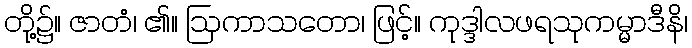
တို့၌။ ဇာတံ၊ ၏။ ဩကာသတော၊ ဖြင့်။ ကုဒ္ဒါလဖရသုကမ္မာဒီနိ၊